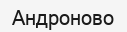
Андроново